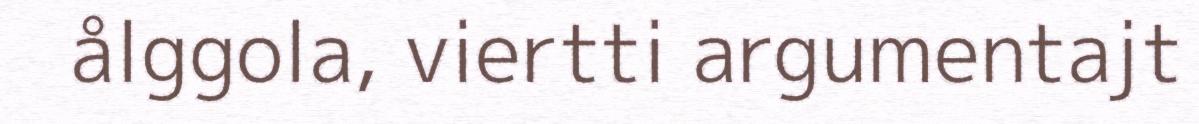
ålggola, viertti argumentajt